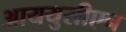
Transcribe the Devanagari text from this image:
आययुसीएन